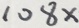
1 0 8 x